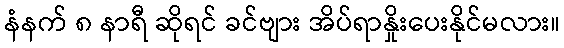
နံနက် ၈ နာရီ ဆိုရင် ခင်ဗျား အိပ်ရာနှိုးပေးနိုင်မလား။